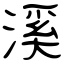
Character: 溪